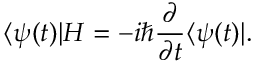
\langle \psi ( t ) | H = - i \hbar { \frac { \partial } { \partial t } } \langle \psi ( t ) | .